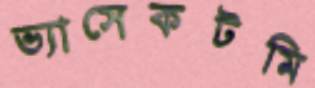
ভ্যাসেকটমি